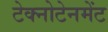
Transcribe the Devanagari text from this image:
टेक्नोटेनमेंट